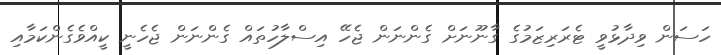
ހަސަން ވިދާޅުވީ ޓެރަރިޒަމުގެ ގާނޫނަށް ގެންނަން ޖެހޭ އިސްލާހުތައް ގެންނަން ޖެހެނީ ކީއްވެގެންކަމާއި